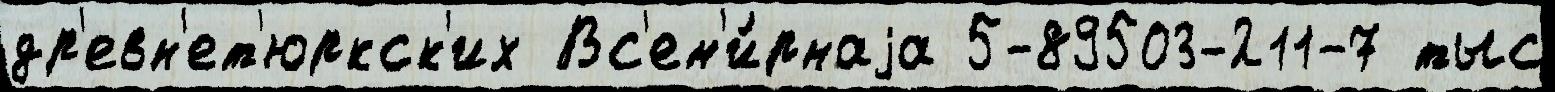
др'евн'ет'юркск'их Вс'ем'и́рнаjа 5-89503-211-7 тыс